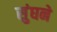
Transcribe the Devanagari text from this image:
सुंघने